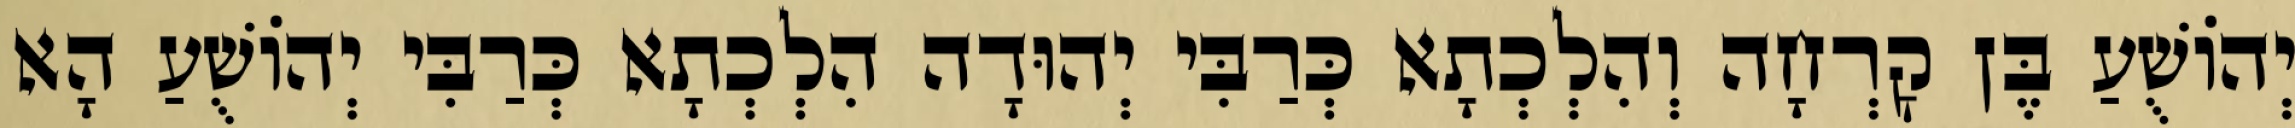
יְהוֹשֻׁעַ בֶּן קׇרְחָה וְהִלְכְתָא כְּרַבִּי יְהוּדָה הִלְכְתָא כְּרַבִּי יְהוֹשֻׁעַ הָא